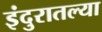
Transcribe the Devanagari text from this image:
इंदुरातल्या